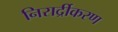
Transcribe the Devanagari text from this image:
निरार्द्रीकरण